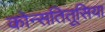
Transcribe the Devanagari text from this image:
कोन्सतितूसिया